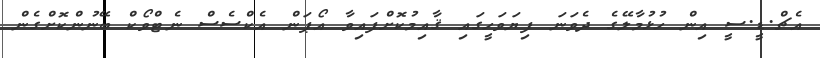
އެޗް.ޑީ.ސީ އިން ހުޅުމާލޭގެ ދެވަނަ ފިޔަވަހީގައި ޤާއިމުކޮށްފައިވާ އޯޕަން އެކްސެސް ނެޓްވޯކް ބޭނުންކޮށްގެން